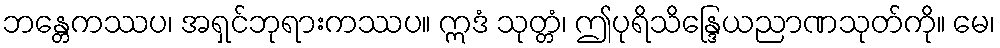
ဘန္တေကဿပ၊ အရှင်ဘုရားကဿပ။ ဣဒံ သုတ္တံ၊ ဤပုရိသိန္ဒြေယညာဏသုတ်ကို။ မေ၊